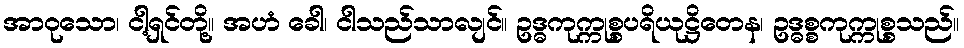
အာဝုသော၊ ငါ့ရှင်တို့။ အဟံ ခေါ၊ ငါသည်သာလျင်။ ဥဒ္ဓကုက္ကုစ္စပရိယုဋ္ဌိတေန၊ ဥဒ္ဓစ္စကုက္ကုစ္စသည်။